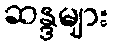
ဆန္ဒများ